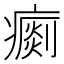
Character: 𤺗